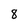
Character: 8